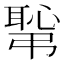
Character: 𢟛